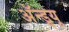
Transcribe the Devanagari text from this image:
अॅन्ड्र्यू